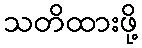
သတိထားဖို့